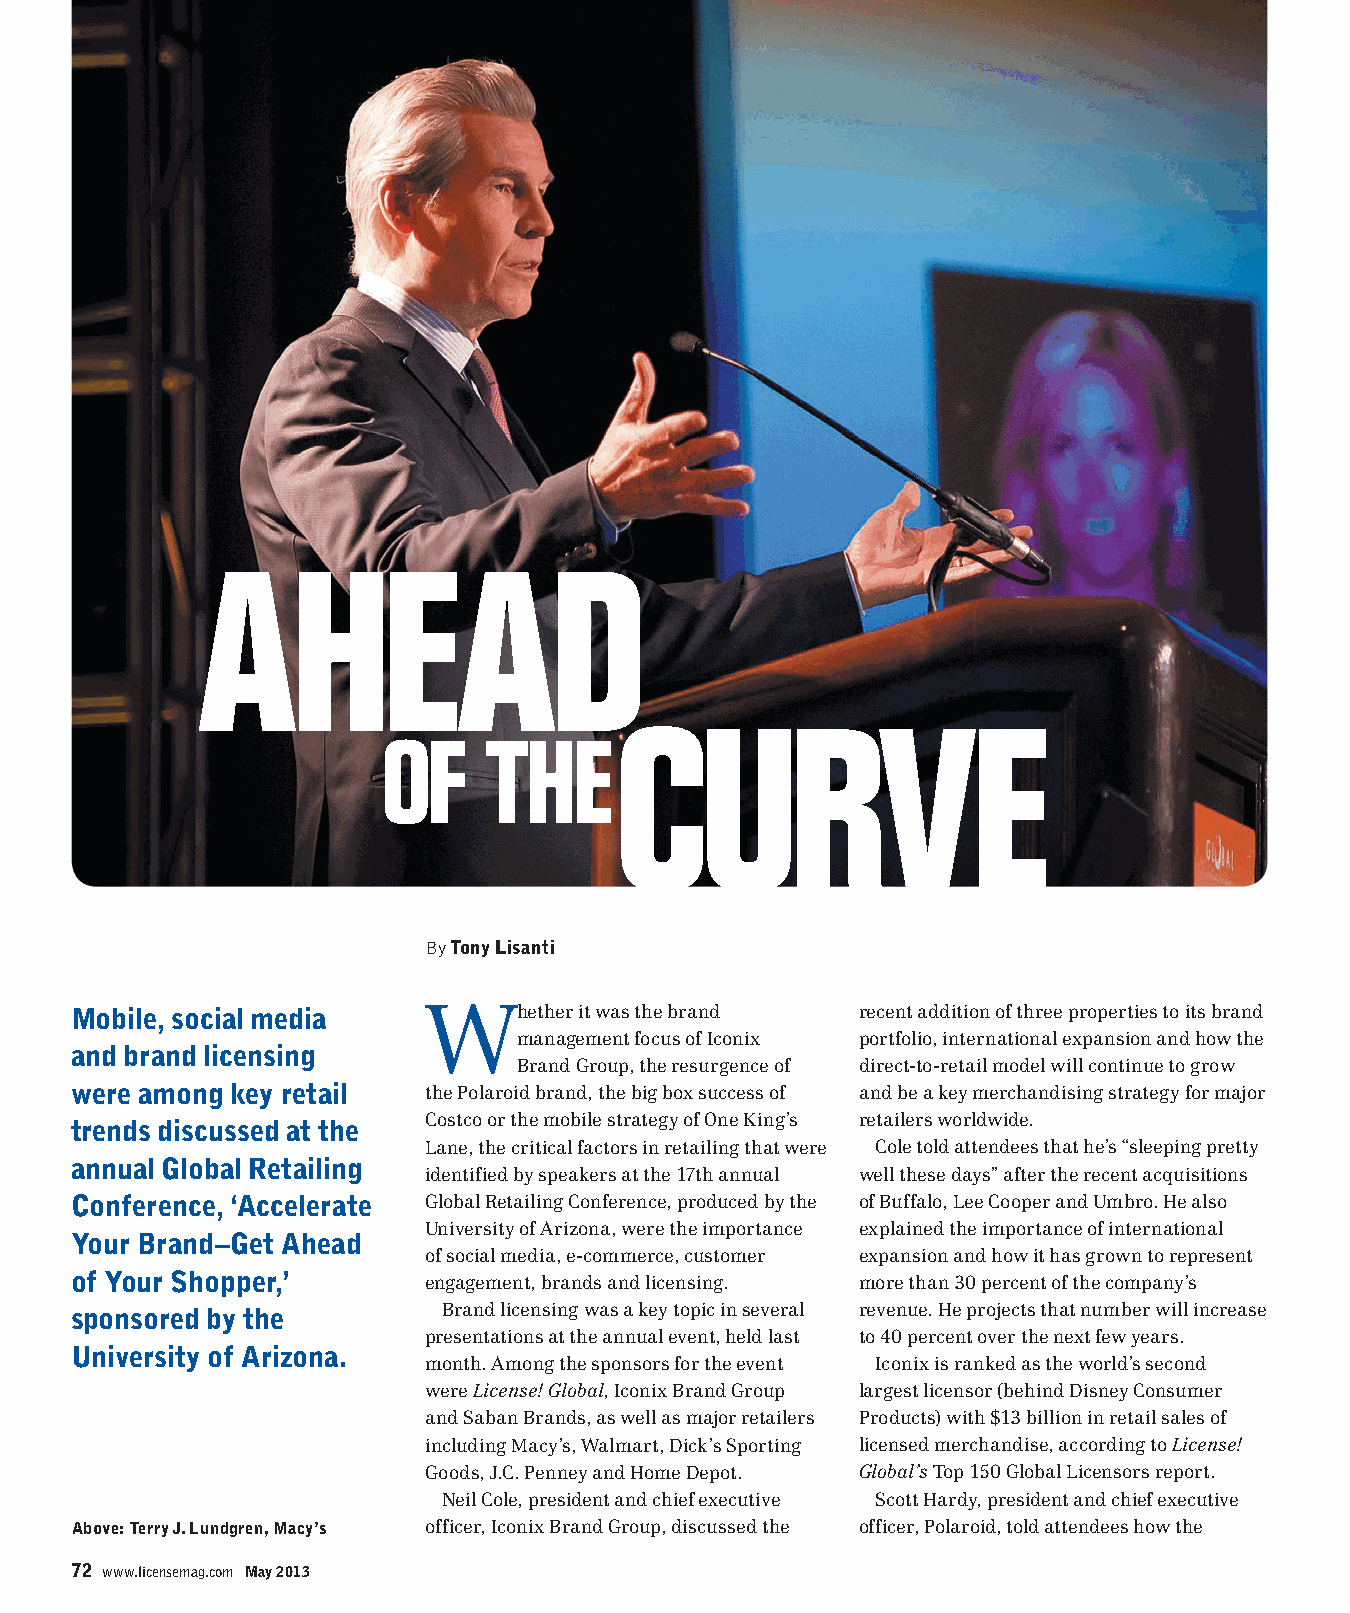
By Tony Lisanti
 Mobile, social media    Whether   it was the brand   recent addition of three properties to its brand
 management focus of Iconix portfolio, international expansion and how the
 and brand licensing
 Brand Group, the resurgence of direct-to-retail model will continue to grow
 were among key retail   the Polaroid brand, the big box success of and be a key merchandising strategy for major
 trends discussed at the Costco or the mobile strategy of One King’s retailers worldwide.
 Lane, the critical factors in retailing that were Cole told attendees that he’s “sleeping pretty
 annual Global Retailing
 identified by speakers at the 17th annual well these days” after the recent acquisitions
 Conference, ‘Accelerate Global Retailing Conference, produced by the of Buffalo, Lee Cooper and Umbro. He also
 University of Arizona, were the importance explained the importance of international
 Your Brand–Get Ahead
 of social media, e-commerce, customer expansion and how it has grown to represent
 of Your Shopper,’
 engagement, brands and licensing. more than 30 percent of the company’s
 sponsored by the         Brand licensing was a key topic in several revenue. He projects that number will increase
 presentations at the annual event, held last to 40 percent over the next few years.
 University of Arizona.
 month. Among the sponsors for the event Iconix is ranked as the world’s second
 were License! Global, Iconix Brand Group largest licensor (behind Disney Consumer
 and Saban Brands, as well as major retailers Products) with $13 billion in retail sales of
 including Macy’s, Walmart, Dick’s Sporting licensed merchandise, according to License!
 Goods, J.C. Penney and Home Depot. Global’s Top 150 Global Licensors report.
 Neil Cole, president and chief executive Scott Hardy, president and chief executive
 Above: Terry J. Lundgren, Macy’s officer, Iconix Brand Group, discussed the officer, Polaroid, told attendees how the
 72 www.licensemag.com May 2013
 mbcyyelaaallcgonkewnta                             ES246785_lic0513_072.pgs 05.04.2013 05:36 ADV